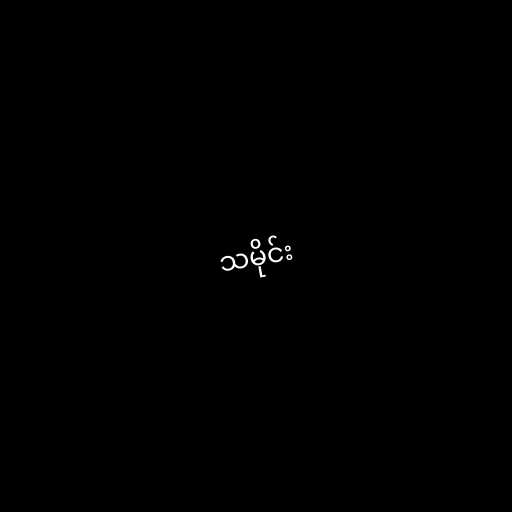
သမိုင်း